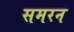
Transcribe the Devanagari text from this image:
समरन